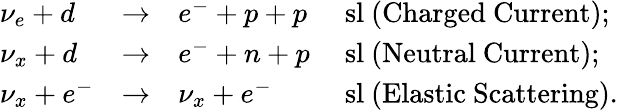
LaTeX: \begin{array}{lllll}{{\nu_{e}+d}}&{{\to}}&{{e^{-}+p+p}}&{{\mathrm{{\ sl~(Charged~Current)};}}}\\ {{\nu_{x}+d}}&{{\to}}&{{e^{-}+n+p}}&{{\mathrm{{\ sl~(Neutral~Current)};}}}\\ {{\nu_{x}+e^{-}}}&{{\to}}&{{\nu_{x}+e^{-}}}&{{\mathrm{{\ sl~(Elastic~Scattering)}.}}}\end{array}